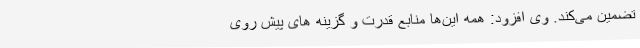
تضمین می‌کند. وی افزود: همه این‌ها منابع قدرت و گزینه های پیش روی